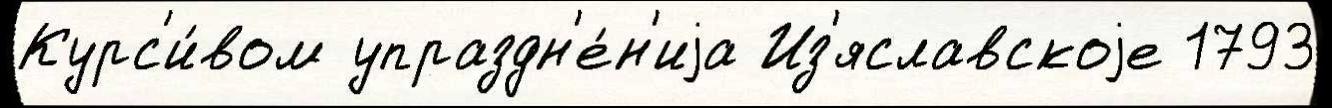
Курс'и́вом упраздн'е́н'иjа Из'яславскоjе 1793